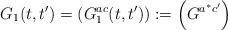
LaTeX: \begin{align*}G_{1}(t,t') = \left( G_{1}^{ac}(t,t') \right) := \left( G^{a^{*}c'}\right)\end{align*}